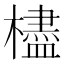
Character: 㯸